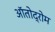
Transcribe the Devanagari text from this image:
ऑतोद्रोम